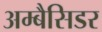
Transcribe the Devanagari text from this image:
अम्बैसिडर